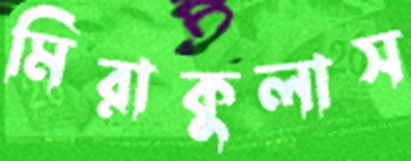
মিরাকুলাস